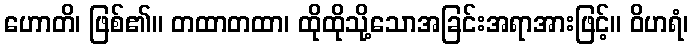
ဟောတိ၊ ဖြစ်၏။ တထာတထာ၊ ထိုထိုသို့သောအခြင်းအရာအားဖြင့်။ ဝိဟရံ၊